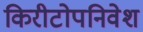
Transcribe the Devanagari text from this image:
किरीटोपनिवेश